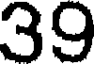
39